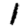
Digit: 1